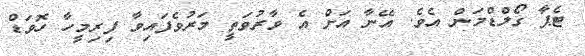
ޓެޕާ ގޯލްޑްމަން އެވެ. އޭނާ އަށް އެ ވާރުވަތީ މަރުވެފައިވާ ފިރިމީހާ ހޮވަޑް